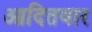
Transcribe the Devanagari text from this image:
आदितवार